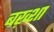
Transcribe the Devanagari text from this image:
बख़्शा